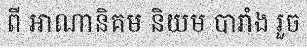
ពី អាណានិគម និយម បារាំង រួច